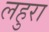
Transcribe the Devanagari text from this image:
लहुरा